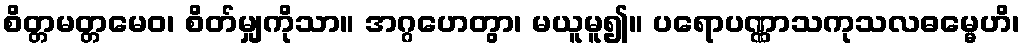
စိတ္တမတ္တမေဝ၊ စိတ်မျှကိုသာ။ အဂ္ဂဟေတွာ၊ မယူမူ၍။ ပရောပဏ္ဏာသကုသလဓမ္မေဟိ၊